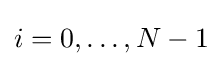
i=0,\dots ,{N-1}